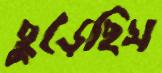
ছুড়েছিস